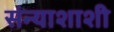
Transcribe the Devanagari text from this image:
संन्याशाशी